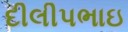
દીલીપભાઇ